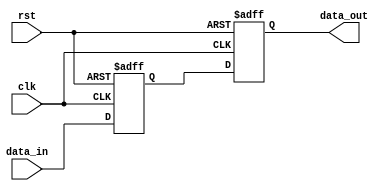
module sequential_logic (
    input wire clk,       // Clock signal
    input wire rst,       // Reset signal
    input wire [3:0] data_in, // 4-bit input data
    output reg [3:0] data_out  // 4-bit output data
);

// Internal state variable
reg [3:0] state;

// Initialization logic and state updates
always @(posedge clk or posedge rst) begin
    if (rst) begin
        // Asynchronous reset: initialize the state and output
        state <= 4'b0000;
        data_out <= 4'b0000;
    end else begin
        // Update state and output on clock's positive edge
        state <= data_in; // Capture input data
        data_out <= state; // Output the current state
    end
end

endmodule